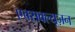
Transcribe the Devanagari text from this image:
एक्सक्ल्यूज़न